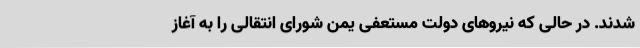
شدند. در حالی که نیروهای دولت مستعفی یمن شورای انتقالی را به آغاز